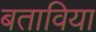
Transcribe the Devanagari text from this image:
बताविया